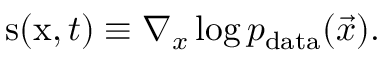
\mathbf { \boldsymbol { s } } ( \mathbf { \boldsymbol { x } } , t ) \equiv \nabla _ { x } \log { p _ { \mathrm { d a t a } } ( \vec { x } ) } .